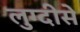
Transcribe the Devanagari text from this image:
लुग्दीसे